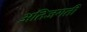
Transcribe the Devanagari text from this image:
अतिजगती